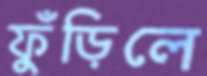
ফুঁড়িলে